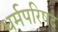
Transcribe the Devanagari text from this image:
धर्मपरिषद